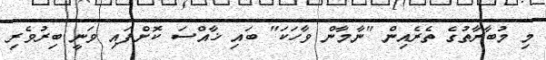
މި މުބާރާތުގެ ތެރެއިން "ނާމާން ވާހަކަ" ބައި ޚާއްސަ ކޮށްފައި ވަނީ ބިރުވެރި